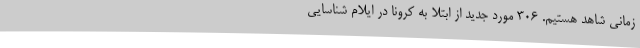
زمانی شاهد هستیم. 306 مورد جدید از ابتلا به کرونا در ایلام شناسایی